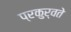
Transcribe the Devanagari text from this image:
प्रकुर्वते